Calcutta medical institutions reports 1879-81 [i.e.91]
Year: 1879
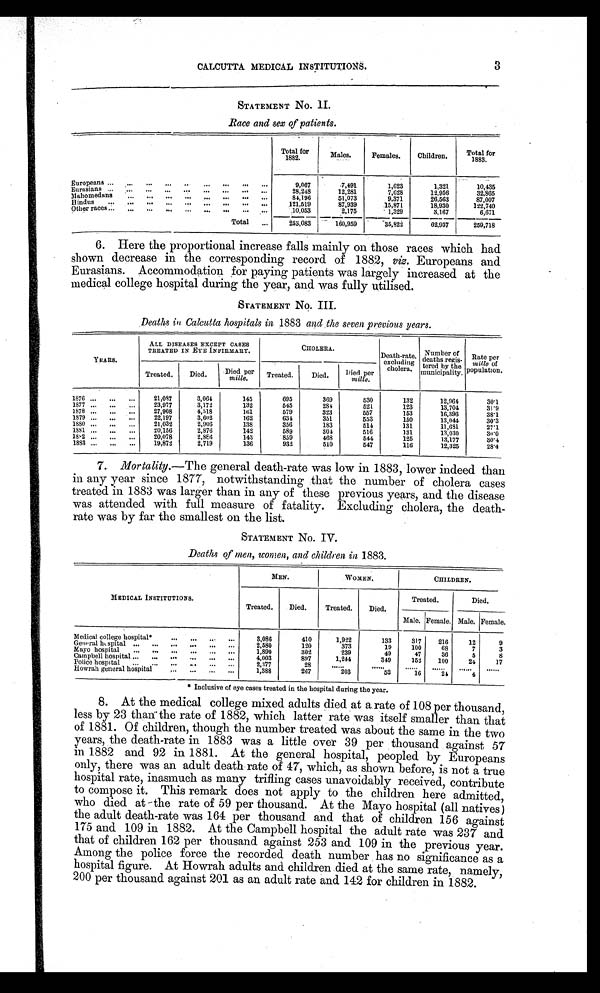
CALCUTTA MEDICAL INSTITUTIONS.
3
STATEMENT No.II
Race and sex of patients.
Total for
1882.
Males.
Females.
Children.
Total for
1883.
Europeans ... ... ...
. . .
. . .
. . . . . .
. . . . . .
9,067
7,491
1,623
1,321
10,435
Eurasians ...
. . .
. . .
. . .
. . . . . .
. . .
. . .
. . .
28,248
12,281
7,628
12,956
32,865
Mahomedans
. . . . . .
. . .
. . .
. . .
. . . . . .
...
84,196
51,073
9,371
26,563
87,007
Hindus ... ... ...
. . .
. . .
. . .
. . .
. . .
. . .
121,519
87,939
15,871
18,930
122,740
Other races ... ... ... . . .
. . .
. . .
. . .
. . .
. . .
10,053
2,175
1,329
3,167
6,671
Total ...
253,083
160,959
35,822
62,937
269,718
6. Here the proportional increase falls mainly on those races which had
shown decrease in the corresponding record of 1882, viz. Europeans and
Eurasians. Accommodation for paying patients was largely increased at the
medical college hospital during the year, and was fully utilised.
STATEMENT No. III.
Deaths in Calcutta hospitals in 1883 and the seven previous years.
YEARS.
ALL DISEASES EXCEPT CASES
TREATED IN EYE INFIRMARY.
CHOLERA.
Death-rate,
excluding
cholera.
Number of
deaths regis-
tered by the
municipality.
Rate per
mille of
population.
Treated.
Died.
Died per
mille.
Treated.
Died.
Died per
mille.
1876 ...
...
...
21,087
3,064
145
695
369
530
132
12,964
30.1
1877 ...
...
...
23,977
3,172
132
5 4 5
2 8 4
5 2 1
123
13,704
31.9
1878 ...
...
...
27,908
4,518
161
5 7 9
3 2 3
5 5 7
1 5 3
16,396
38.1
1879 ...
...
...
22,197
3,602
162
634
351
553
150
13,044
30.3
1880 ...
...
...
21,032
2,906
138
356
183
614
131
11,681
27.1
1881 ...
...
. . .
20,156
2,876
142
589
304
516
131
13,030
30.0
1882 ...
...
...
20,078
2,886
143
859
468
544
125
13,177
30.4
1883 ...
...
...
19,872
2,719
136
932
510
547
116
12,325
28.4
7. Mortality.—The general death-rate was low in 1883, lower indeed than
in any year since 1877, notwithstanding that the number of cholera cases
treated in 1883 was larger than in any of these previous years, and the disease
was attended with full measure of fatality. Excluding cholera, the death-
rate was by far the smallest on the list.
STATEMENT No. IV.
Deaths of men, women, and children in 1883.
MEDICAL INSTITUTIONS.
MEN.
WOMEN.
CHILDREN.
Treated.
Died.
Treated.
Died.
Treated.
Died.
Male. Female. Male. Female.
Medical college hospital*
...
. . .
. . .
. . .
3,086
410
1,922
133
317
216
12
9
General hospital ... ... ... ... ... ...
2,580
120
373
19
100
68
7
3
Mayo hospital ... ... ... ... ... ...
1,890
302
239
49
47
36
5
8
Campbell hospital ... ... ... ... ... ...
4,003
897
1,244
349
152
100
24
17
Police hospital
. . . .
. . .
. . .
. . .
. . .
. . .
2,377
28
. . . . . .
. . . . . .
. . . . . .
. . . . . .
. . . . . .
. . . . . .
Howrah general hospital
... ... ...
1,388
267
203
52
16
24
4
* Inclusive of eye cases treated in the hospital during the year.
8. At the medical college mixed adults died at a rate of 108 per thousand,
less by 23 than the rate of 1882, which latter rate was itself smaller than that
of 1881. Of children, though the number treated was about the same in the two
years, the death-rate in 1883 was a little over 39 per thousand against 57
in 1882 and 92 in 1881. At the general hospital, peopled by Europeans
only, there was an adult death rate of 47, which, as shown before, is not a true
hospital rate, inasmuch as many trifling cases unavoidably received, contribute
to compose it. This remark does not apply to the children here admitted,
who died at -the rate of 59 per thousand. At the Mayo hospital (all natives)
the adult death-rate was 164 per thousand and that of children 156 against
175 and 109 in 1882. At the Campbell hospital the adult rate was 237 and
that of children 162 per thousand against 253 and 109 in the previous year.
Among the police force the recorded death number has no significance as a
hospital figure. At Howrah adults and children died at the same rate, namely,
200 per thousand against 201 as an adult rate and 142 for children in 1882.